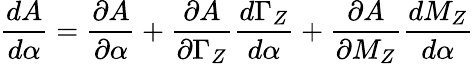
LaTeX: \frac{dA}{d\alpha}=\frac{\partial A}{\partial\alpha}+\frac{\partial A}{\partial\Gamma_{Z}}\frac{d\Gamma_{Z}}{d\alpha}+\frac{\partial A}{\partial M_{Z}}\frac{dM_{Z}}{d\alpha}